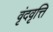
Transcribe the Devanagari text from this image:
वृंदवृत्ति